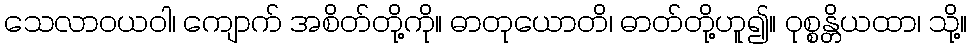
သေလာဝယဝါ၊ ကျောက် အစိတ်တို့ကို။ ဓာတုယောတိ၊ ဓာတ်တို့ဟူ၍။ ဝုစ္စန္တိယထာ၊ သို့။